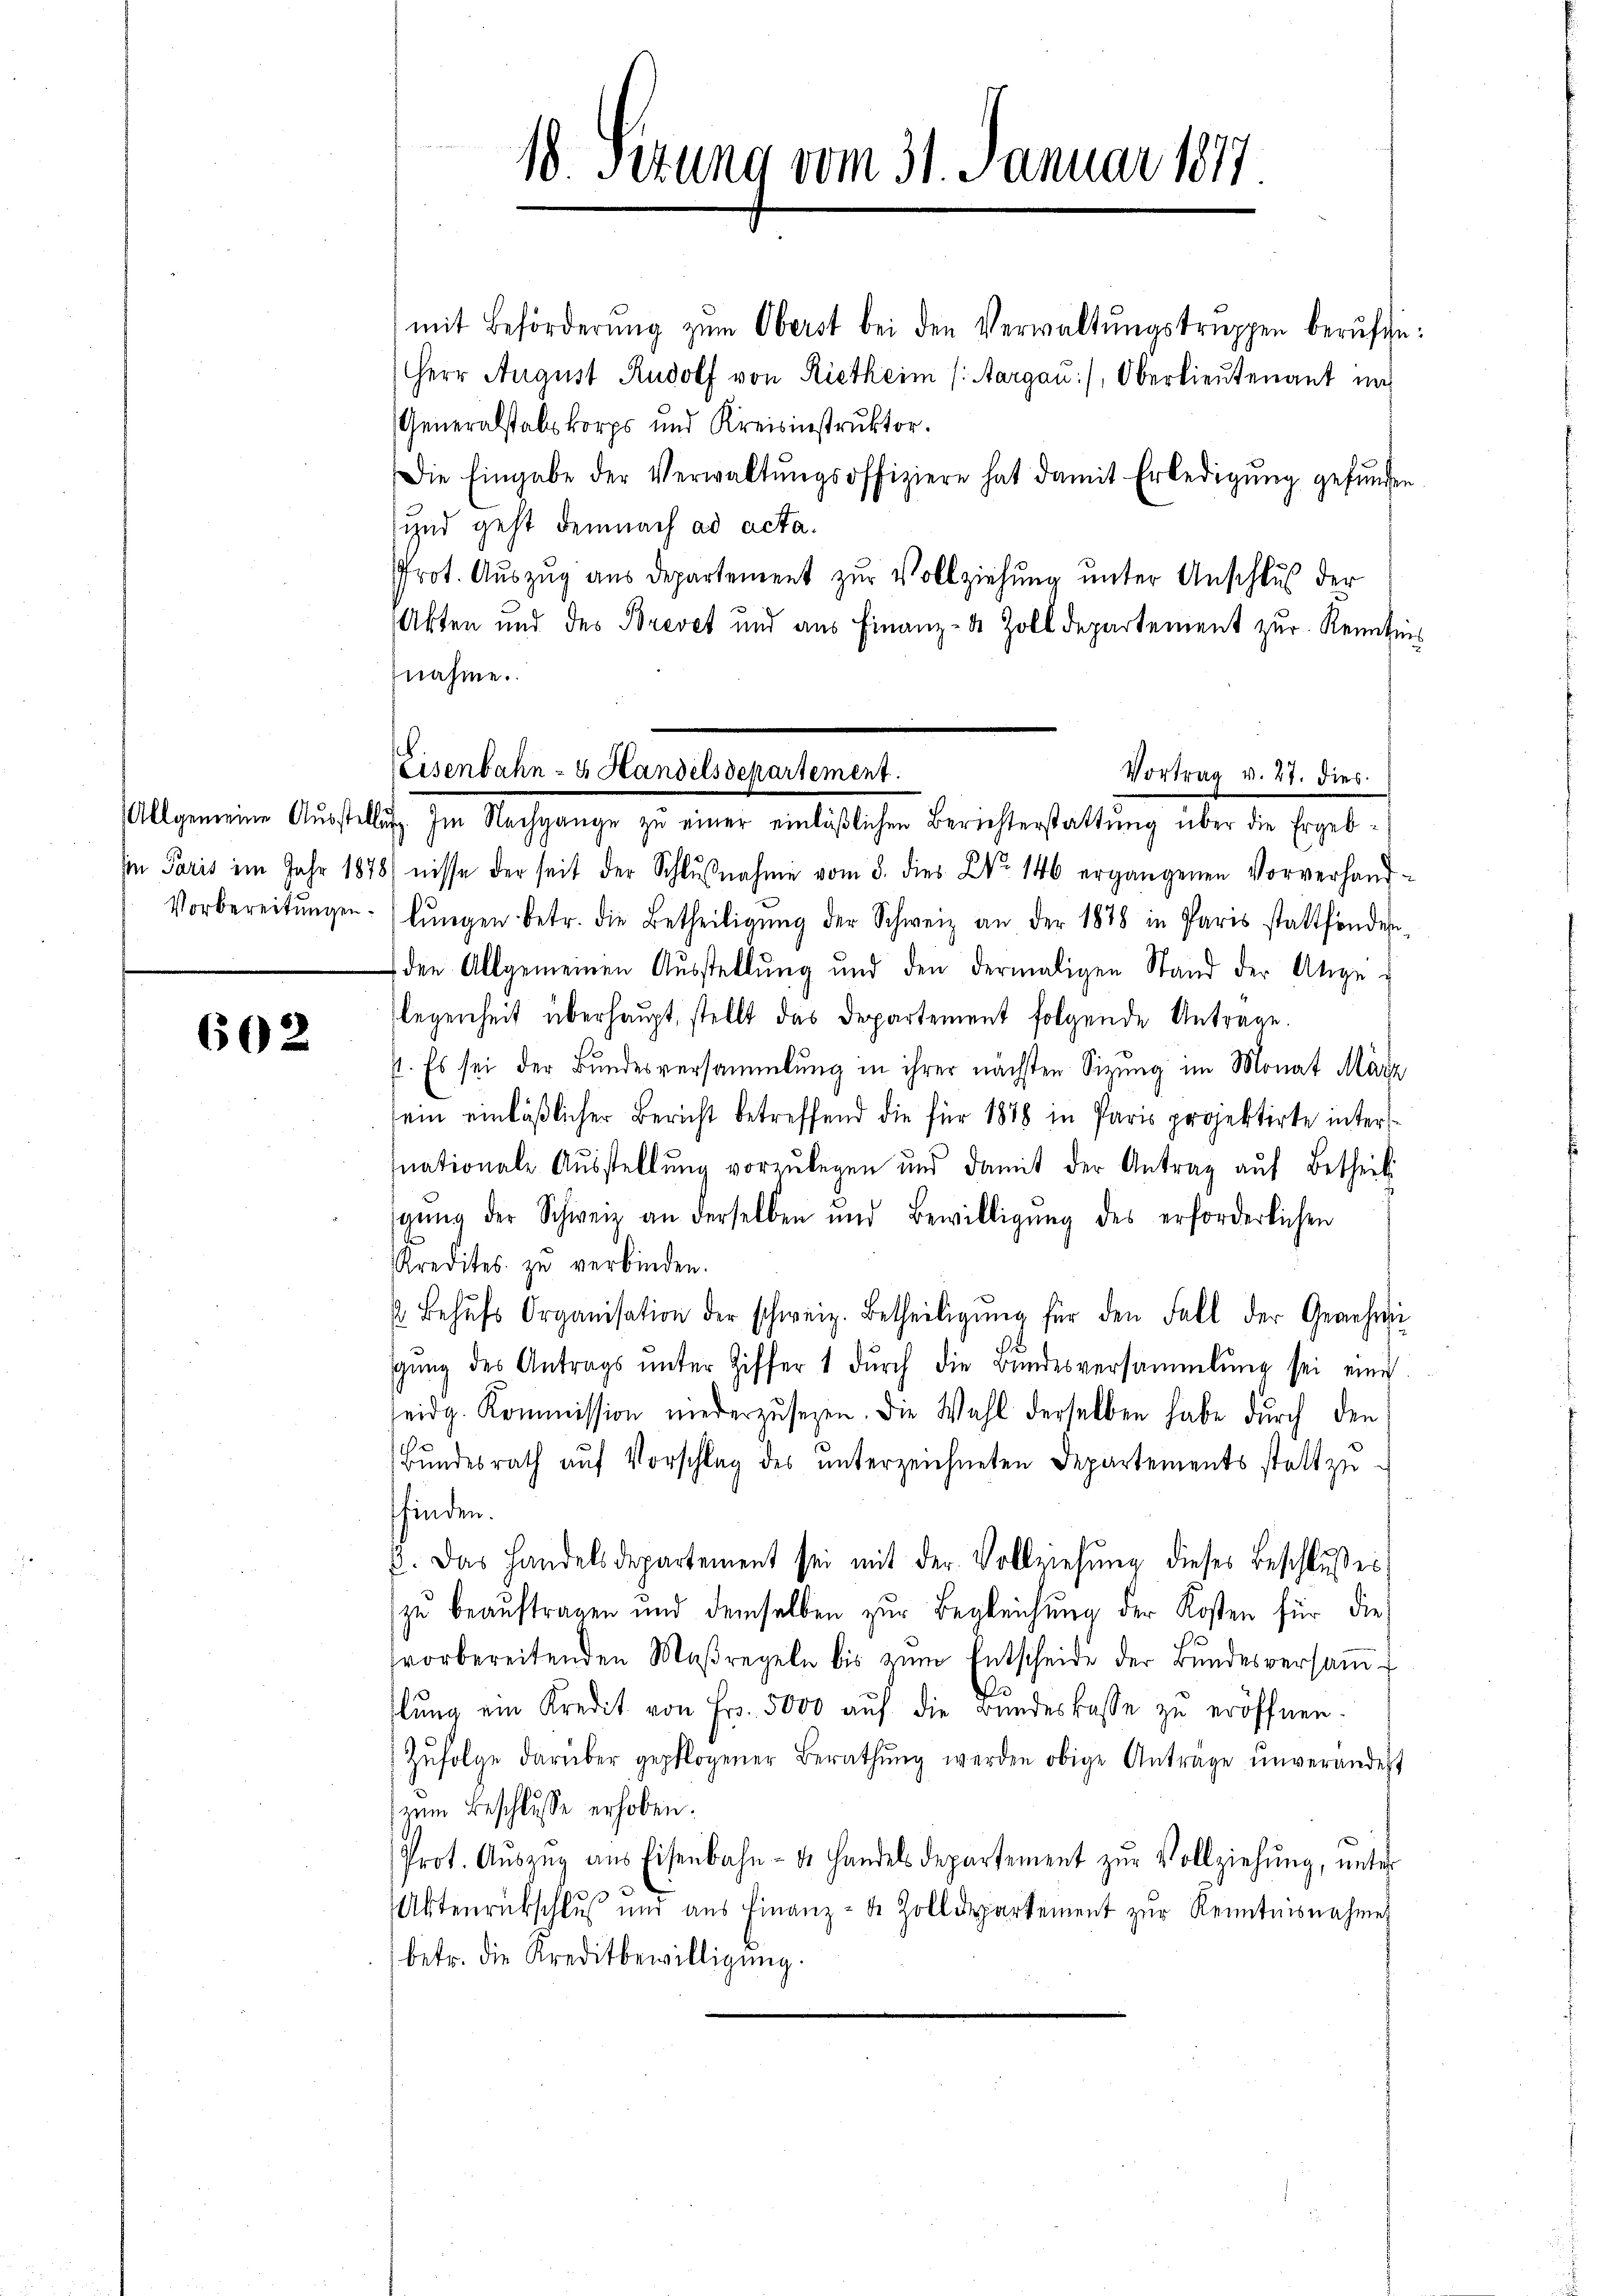
602

18 Sizung vom 31. Januar 1877

mit Beförderŭng zŭm Oberst bei den Verwaltŭngstruppen berŭfte:
Herr August Rudolf von Rietheim (Aargau), Oberlieutenant nach
Generalstalskorps und Kreisinstruktor.
Die Eingabe der Verwaltŭngsoffiziere hat damit Erledigŭng gefŭnden
und geht demnach ad acta.
Prot. Auszug aus departement zur Vollziehung unter Anschlus der
Akten und des Brevet und aus Finanz- & Zolldepartement zur Kenntnis
nahme.
Eisenbahn- u. Handelsdepartement.
Vortrag v. 27. dies

Allgemeine Ausstellung. Im Nachgange zu einer einläßlichen Berichterstattung über die Ergeb¬

Iin Paris im Jahr 1878) nisse der seit der Schlŭβnahme vom 8. dies L. 146 ergangenen Vorverhand-
Vorbereitŭngen. (lŭngen betr. die Betheiligŭng der Schweiz an der 1878 in Paris stattfinden-
den Allgemeinen Ausstellung und den dermaligen Stand der Angelegenheit überhaupt, stellt das Departement folgende Antrage.
I. Es sei der Bundesversammlung in ihrer nächsten Sitzung im Monat März
sein einläßlicher Bericht betreffend die für 1878 in Paris projektirte inters
nationale Aŭsstellŭng vorzŭlegen und damit der Antrag aŭf Betheil
gŭng der Schweiz an derselben und Bewilligŭng des erforderlichen
s
Kredites zŭ verbinden.
Behŭfs Organisation der schweiz. Betheiligŭng für den Fall der Genehmi
gŭng des Antrags ŭnter Ziffer 1 dŭrch die Bŭndesversammlung sei eine
seidg. Kommission niederzusetzen. Die Wahl derselben habe durch den
Bundesrath auf Vorschlag des unterzeichneten Departements statt zuffinden.
p. Das Handelsdepartement sei mit der Vollziehŭng dieses Beschlŭsses
zu beauftragen und demselben zur Begleichung der Kosten für die
vorbereitenden Maßregeln bis zŭm Entscheide der Bŭndesversaṁ-
2
lŭng ein Kredit von Fr. 5000 aŭf die Bŭndeskasse zŭ eröffnen.
Zŭfolge darüber gepflogener Berathŭng werden obige Anträge unverändert
(zum Beschlusse erhoben.
Prot. Aŭszŭg ans Eisenbahn- ds Handels departement zŭr Vollziehŭng ŭnter
Aktenrückschluß und aŭs Finanz- de Zolldepartement zŭr Kenntnisnahme
betr. die Kreditbewilligung.